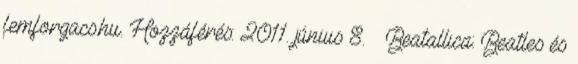
femforgacs.hu. Hozzáférés: 2011. június 8. ↑ Beatallica: Beatles és